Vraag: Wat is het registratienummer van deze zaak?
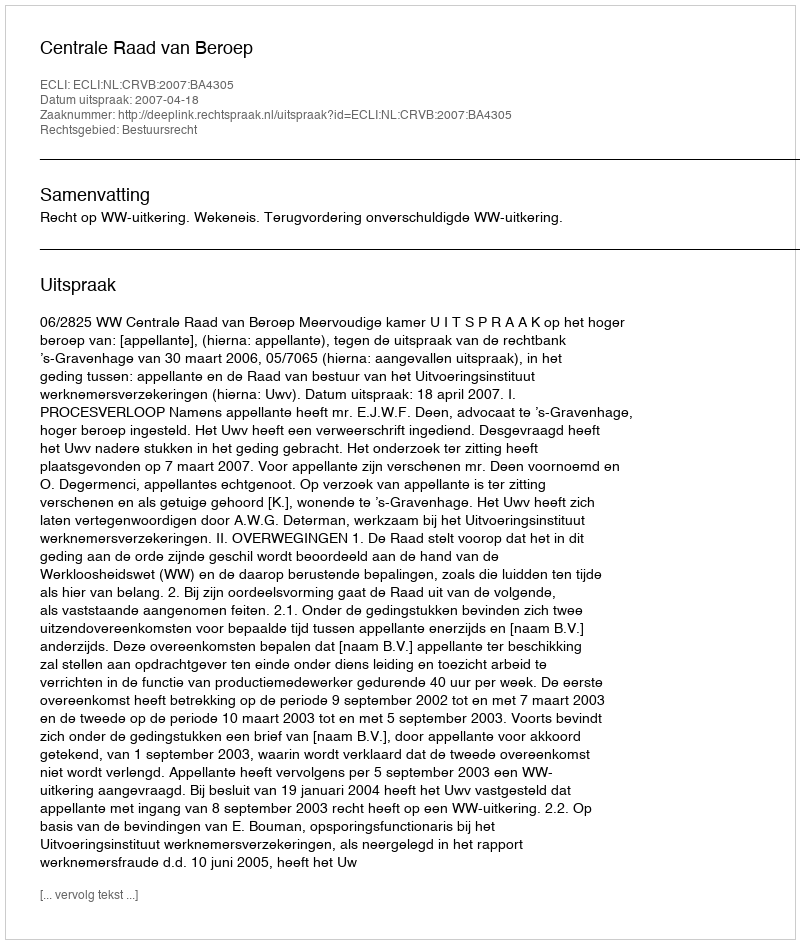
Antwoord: http://deeplink.rechtspraak.nl/uitspraak?id=ECLI:NL:CRVB:2007:BA4305